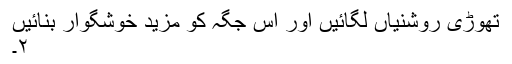
تھوڑی روشنیاں لگائیں اور اس جگہ کو مزید خوشگوار بنائیں
۲۔